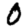
Digit: 0